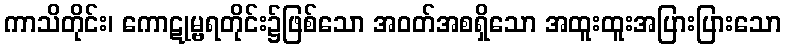
ကာသိတိုင်း၊ ကောဋုမ္ဗရတိုင်း၌ဖြစ်သော အဝတ်အစရှိသော အထူးထူးအပြားပြားသော